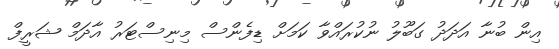
އިން ބުނާ އަދަދު ގަބޫލު ނުކުރައްވާ ކަމަށް ޑިފެންސް މިނިސްޓަރު އާދަމް ޝަރީފް